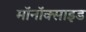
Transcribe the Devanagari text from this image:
मॉनॉक्साइड